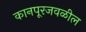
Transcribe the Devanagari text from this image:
कानपूरजवळील